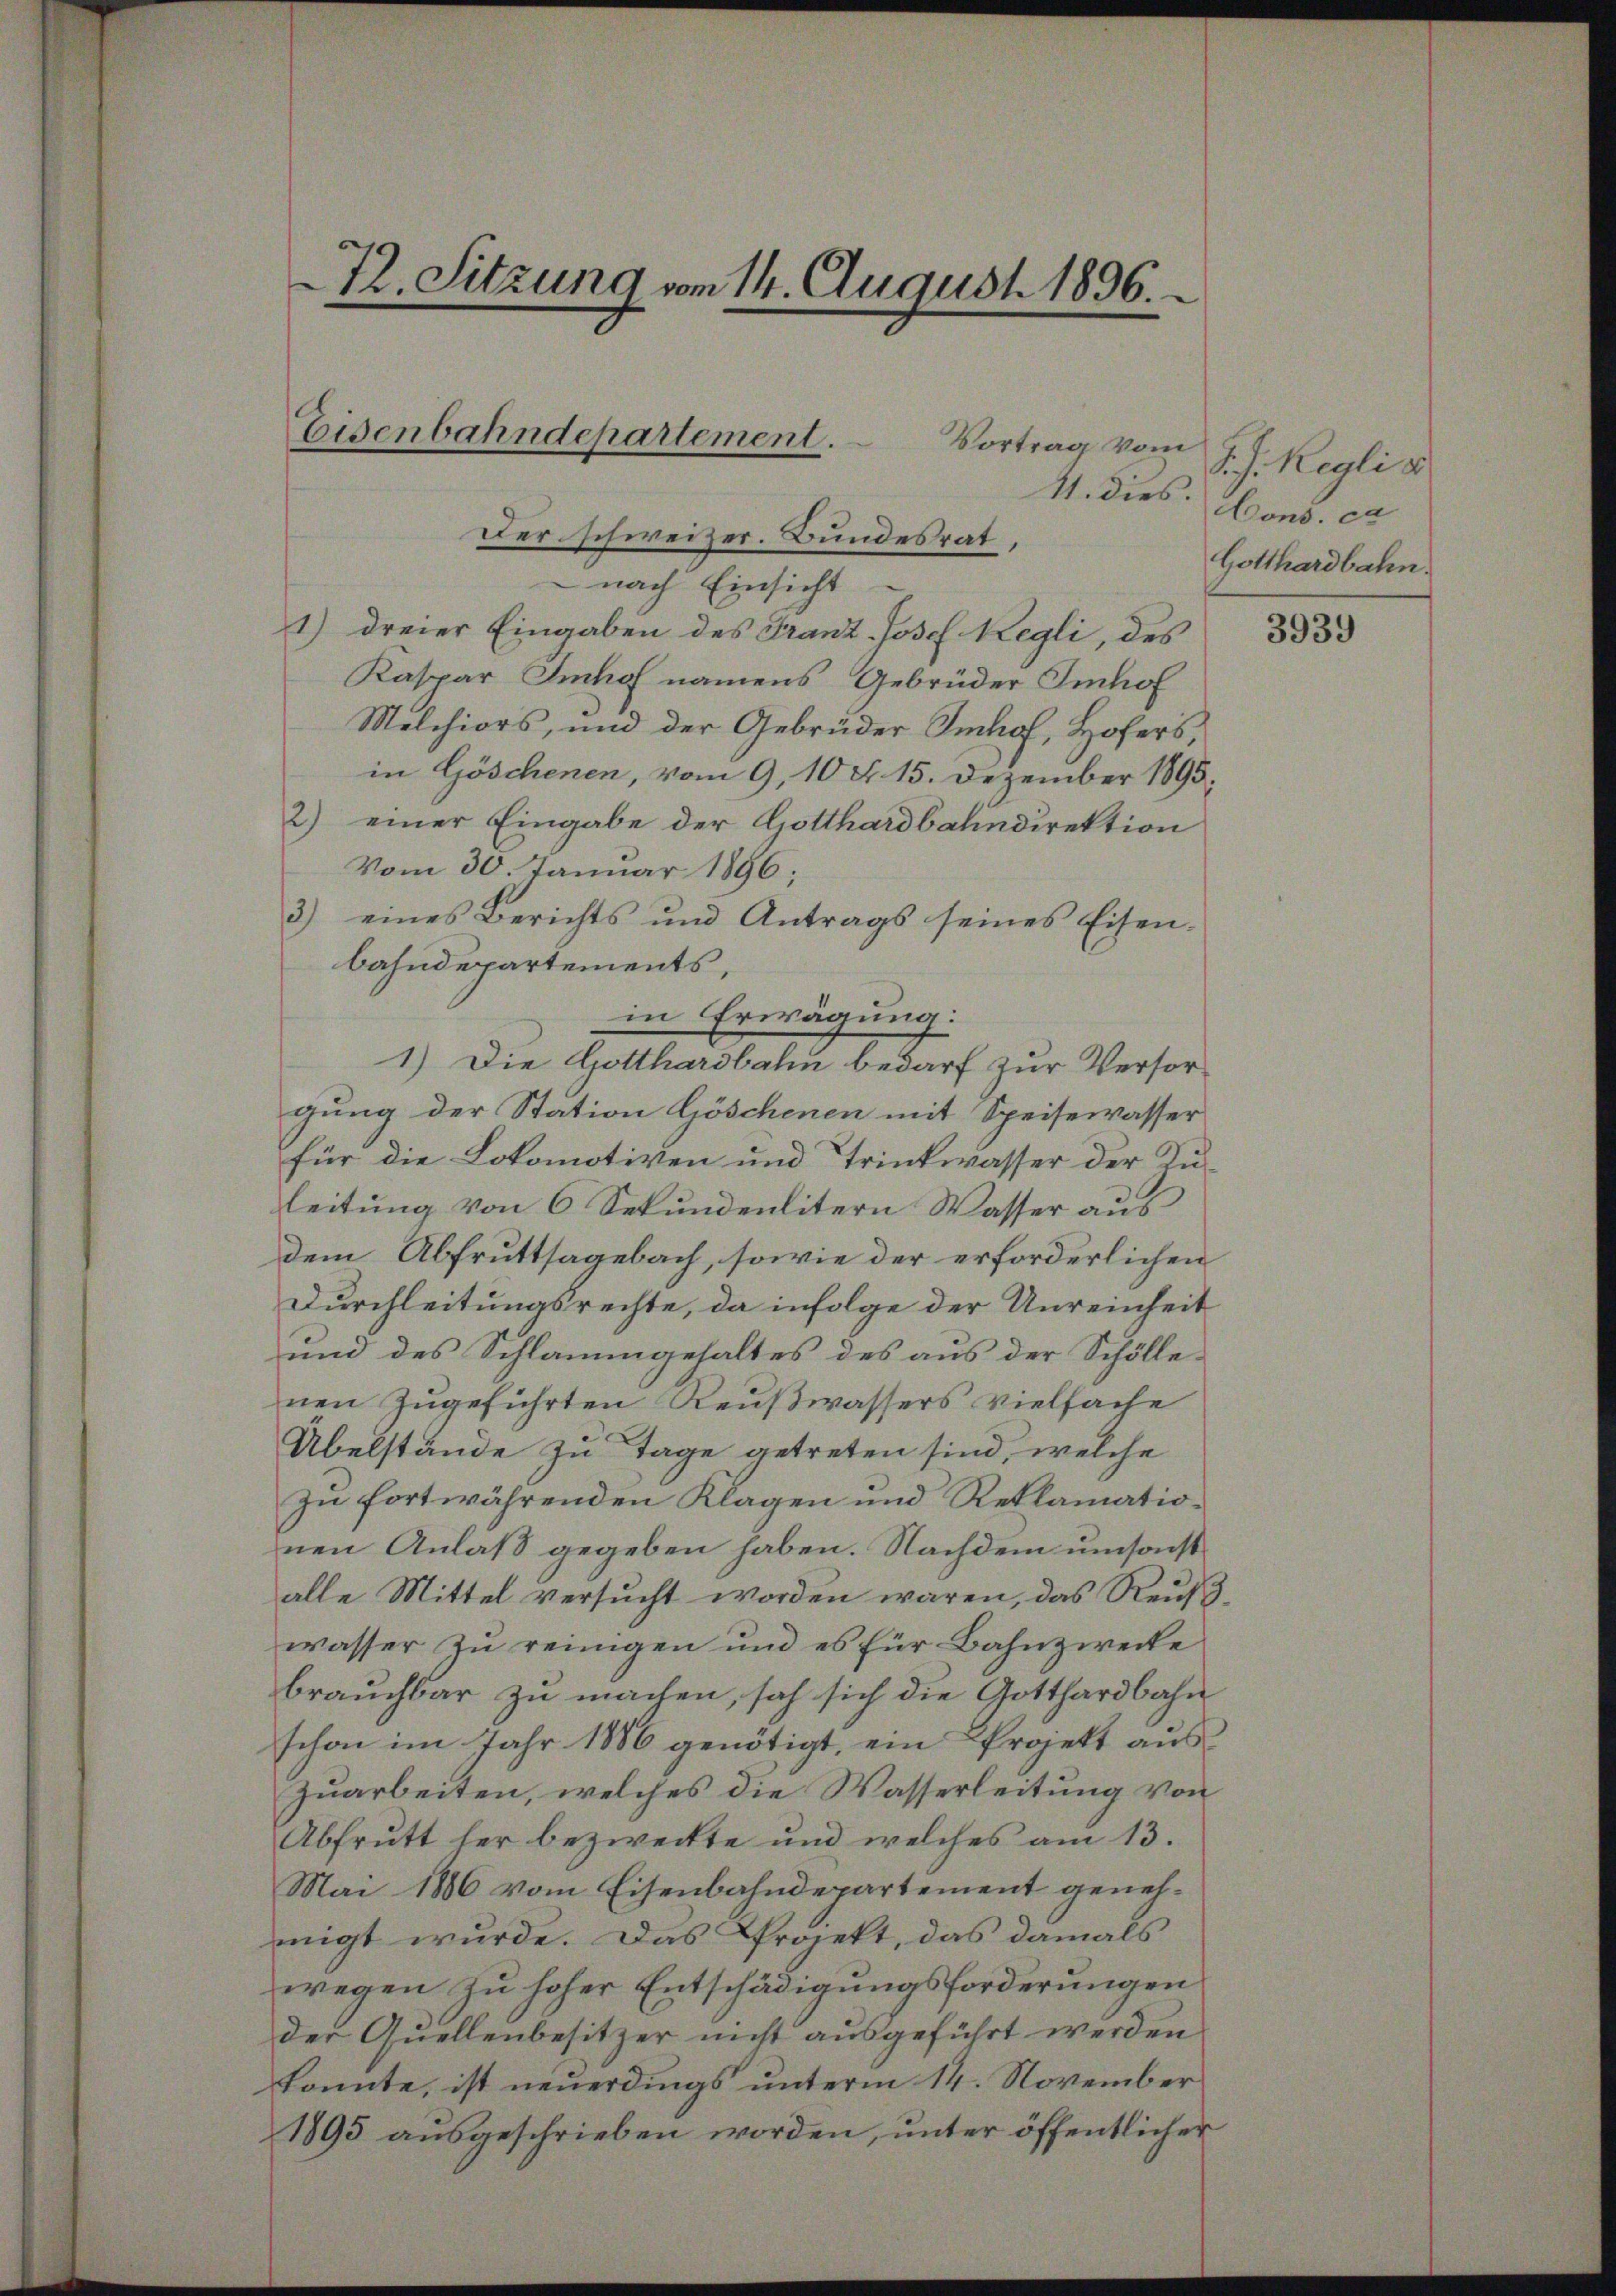
72. Sitzung vom 14. August 1896.

Eisenbahndepartement.

Vortrag vom
11. dies.
Der schweizer. Bundesrat,
nach Einsicht
1) dreier Eingaben des Franz-Josef Regli, des
Kaspar Imhof namens Gebrüder Imhof
Melchiors, und der Gebrüder Imhof, Hofers,
in Göschenen, vom 9. 10. d. 15. Dezember 1895.
2) einer Eingabe der Gotthardbahndirektion
Vom 30. Januar 1896;
3) eines Berichts und Antrags seines Eisen-
bahndepartements,
in Erwägung:
1.) Die Gotthardbahn bedarf zur Versorgung der Station Göschenen mit Speisewasser
für die Lokomotiven und Trinkwasser der Zuleitung von 6 Sekundenlitern Wasser ausdem Abfruttsagebach, sowie der erforderlichen
Durchleitungsrechte, da infolge der Unreinheit
und des Schlammgehaltes des aus der Schöllenen zugeführten Reußwassers vielfache
Übelstände zu Tage getreten sind, welche
zu fortwährenden Klagen und Reklamationen Anlaß gegeben haben. Nachdem umsonst
alle Mittel versucht worden waren, das Reutwasser zu reinigen und es für Bahnzwecke
brauchbar zu machen, sah sich die Gotthardbahn
schon im Jahr 1886 genötigt, ein Projekt aus
Zuarbeiten, welches die Wasserleitung von
Abfrutt her bezweckte und welches am 13.
Mai 1886 vom Eisenbahndepartement genehmigt wurde. Das Projekt, das damals
wegen zu hoher Entschädigungsforderungen
der Quellenbesitzer nicht ausgeführt werden
konnte, ist neuerdings unterm 14. November
1895 ausgeschrieben worden, unter öffentlicher

S. J. Regli u
Cons. ca
Gotthardbahn.

3939